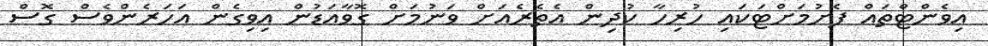
އިވެންޓްތައް ފެށުމަށްޓަކައި ހުރިހާ ކުދިން އެތެރެއަށް ވަނުމަށް ގޮވާއަޑުން އިވިގެން އަހަރެންވެސް ގޮސް